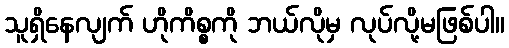
သူရှိနေလျက် ဟိုကိစ္စကို ဘယ်လိုမှ လုပ်လို့မဖြစ်ပါ။